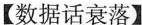
【数据话衰落】